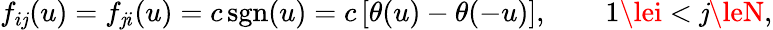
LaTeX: f_{i\mathit{j}}(u)=f_{\mathit{j}i}(u)=c\, \mathrm{{sgn}}(u)=c\, [\theta(u)-\theta(-u)],\qquad1\lei<\mathit{j}\leN,